NAE_ERA_R-2362_Emakeele_Selts, lk 46
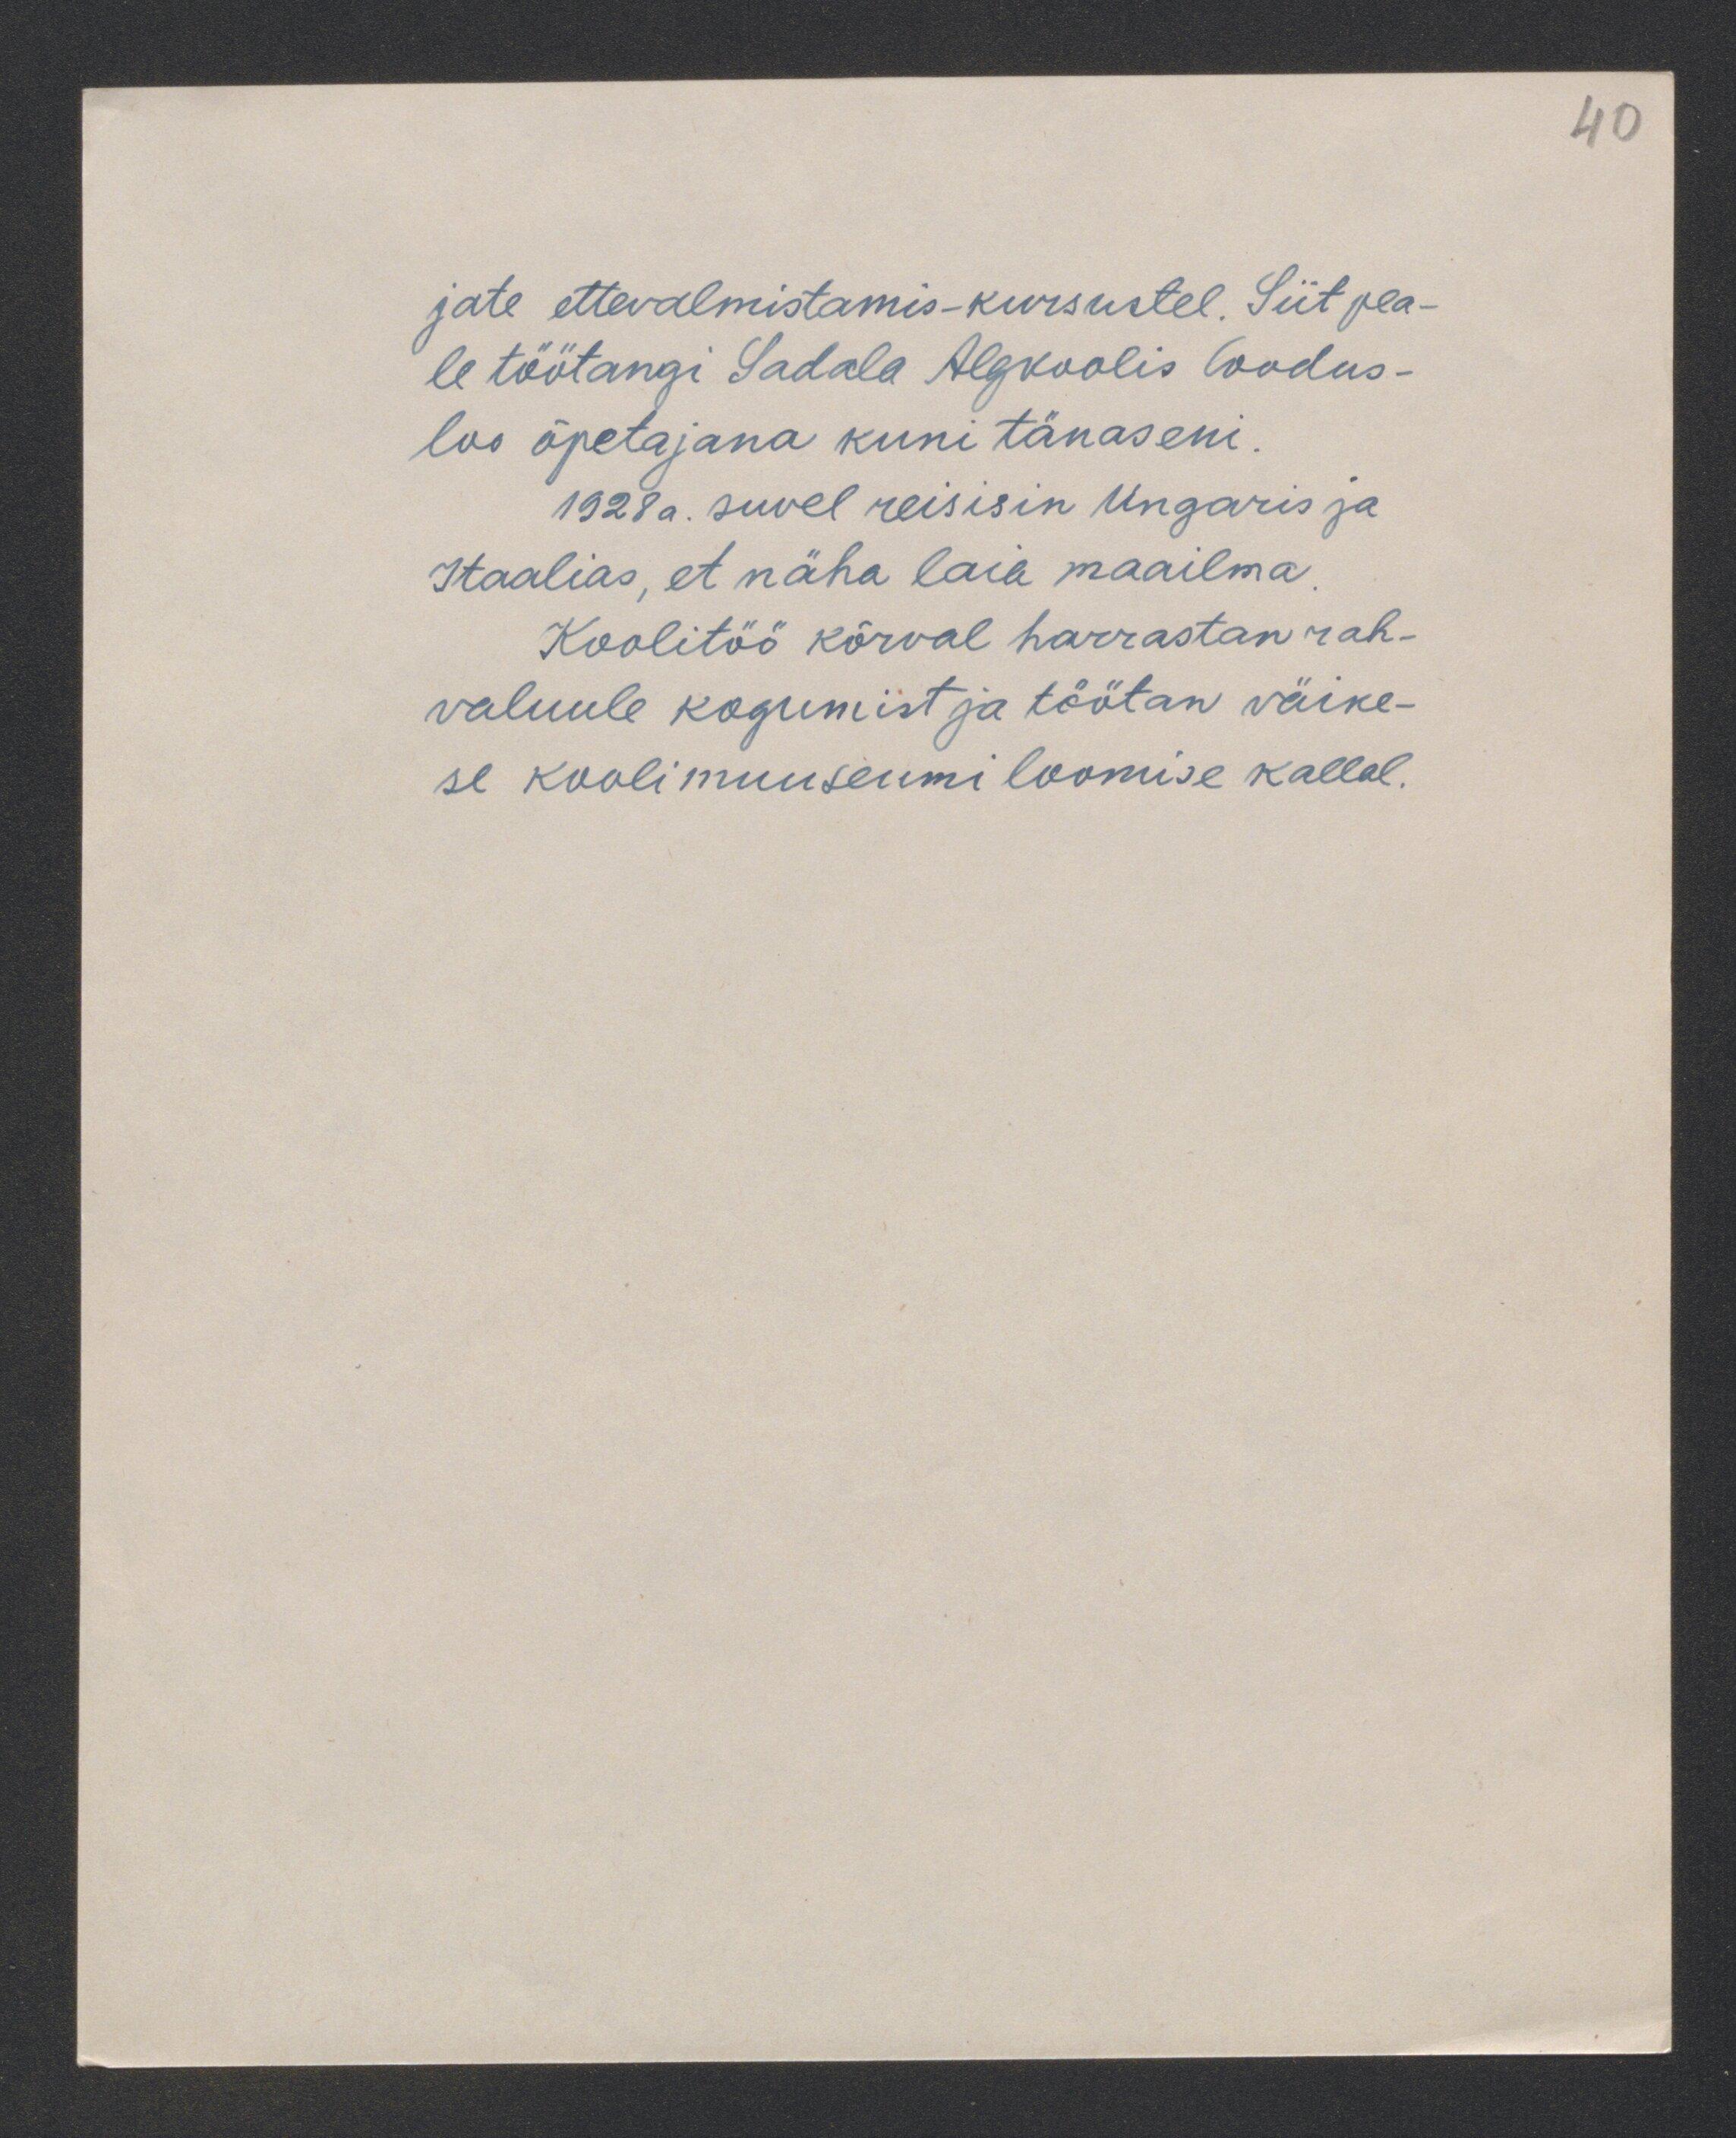
40

jate ettevalmistamis-kursustel. Siit pea-
le töötangi Sadala Algkoolis loodus-
loo õpetajana kuni tänaseni.
1928 a. suvel reisisin Ungaris ja
Itaalias, et näha laia maailma.
Koolitöö kõrval harrastan rah-
valuule kogumist ja töötan väike-
se koolimuuseumi loomise kallal.